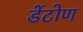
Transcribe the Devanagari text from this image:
डेंटोण